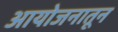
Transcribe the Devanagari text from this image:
आयोजनातून